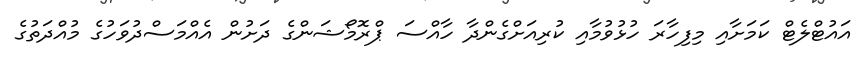
އައުޓްލެޓް ކަމަށާއި މިފިހާރަ ހުޅުވުމާއި ކުރިއަށްގެންދާ ހާއްސަ ޕްރޮމޯޝަންގެ ދަށުން އެއްމަސްދުވަހުގެ މުއްދަތުގެ